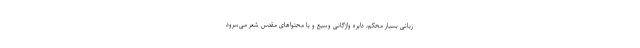
زبانی بسیار محکم، دایره واژگانی وسیع و با محتواهای مقدس شعر می‌سرود